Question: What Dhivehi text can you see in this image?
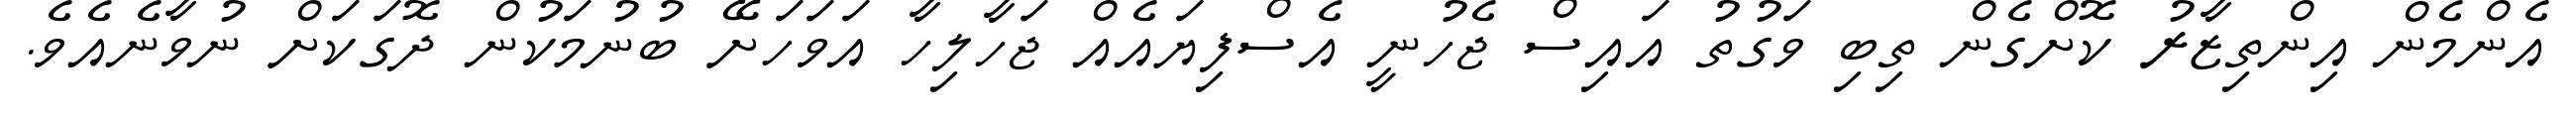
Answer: އެންމެން އިންތިޒާރު ކޮށްގެން ތިބި ވަގުތު އައިސް ޖެހުނީ އެސްފިޔައެއް ޖަހާލިހާ އަވަހަށޭ ބުނުމަކުން ދޮގަކަށް ނުވާނެއެވެ.